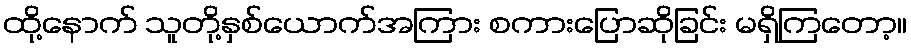
ထို့နောက် သူတို့နှစ်ယောက်အကြား စကားပြောဆိုခြင်း မရှိကြတော့။